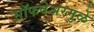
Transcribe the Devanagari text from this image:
सॉफवेअरमुळे